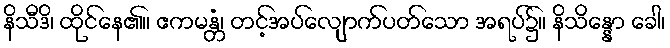
နိသီဒိ၊ ထိုင်နေ၏။ ဧကမန္တံ၊ တင့်အပ်လျောက်ပတ်သော အရပ်၌။ နိသိန္နော ခေါ၊